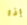
إذا